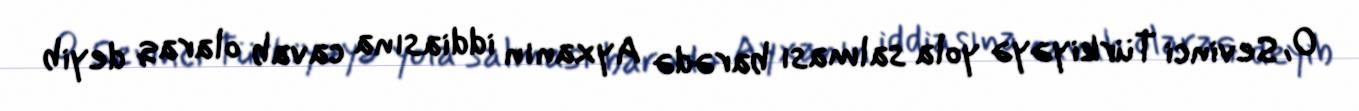
O, Sevinci Türkiyəyə yola salması barədə Ayxanın iddiasına cavab olaraq deyib